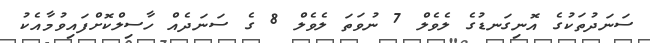
ސަނަދުތަކުގެ އޮނިގަނޑުގެ ލެވެލް 7 ނުވަތަ ލެވެލް 8 ގެ ސަނަދެއް ހާސިލްކޮށްފައިވުމާއެކު